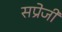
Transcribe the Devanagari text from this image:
सप्रेजी